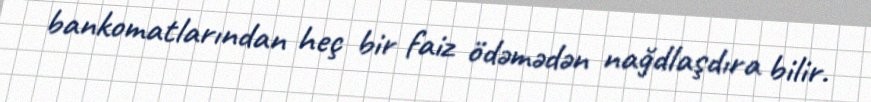
bankomatlarından heç bir faiz ödəmədən nağdlaşdıra bilir.